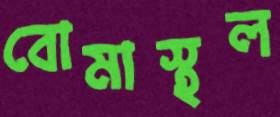
বোমাস্থল